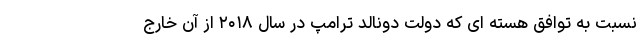
نسبت به توافق هسته ای که دولت دونالد ترامپ در سال ۲۰۱۸ از آن خارج